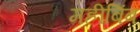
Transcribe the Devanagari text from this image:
महीबिंब